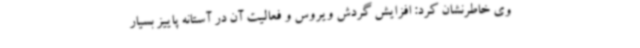
وی خاطرنشان کرد: افزایش گردش ویروس و فعالیت آن در آستانه پاییز بسیار